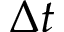
\Delta t